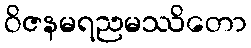
ဝိဇနမရညမဿိတော